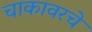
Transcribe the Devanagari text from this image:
चाकावरचे